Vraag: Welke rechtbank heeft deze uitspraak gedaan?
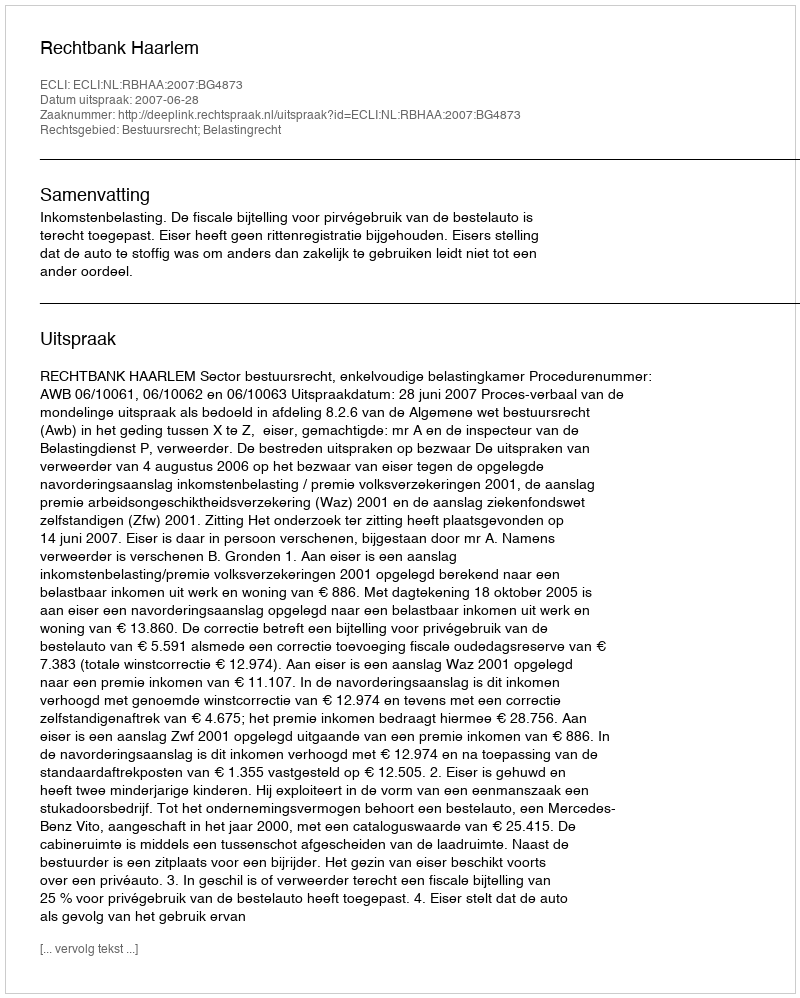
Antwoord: Rechtbank Haarlem